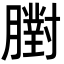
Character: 𦡷